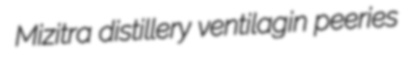
Mizitra distillery ventilagin peeries